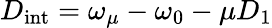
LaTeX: D_{\mathrm{{int}}}=\omega_{\mu}-\omega_{0}-\mu D_{1}